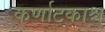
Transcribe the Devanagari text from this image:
कर्णाटकाश्च